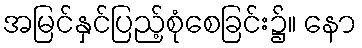
အမြင်နှင်ပြည့်စုံစေခြင်း၌။ နော